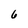
Character: 6